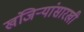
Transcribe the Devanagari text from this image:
खंजिऱ्यांसारखी